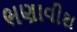
ભણાવીશ